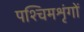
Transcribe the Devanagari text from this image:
पश्चिमशृंगों